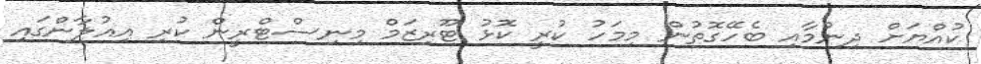
ކުއްޔަށް ދިނުމާއި ބެހޭގޮތުން މިމަހު ކުރީ ކޮޅު ޓޫރިޒަމް މިނިސްޓްރީން ކުރި އިއުލާންގައި